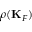
\rho ( { \bf K } _ { F } )